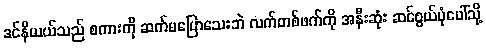
ဒင်နီယယ်သည် စကားကို ဆက်မပြောသေးဘဲ လက်တစ်ဖက်ကို အနီးဆုံး ဆင်စွယ်ပုံပေါ်သို့